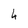
Character: 6